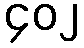
၄၀၂